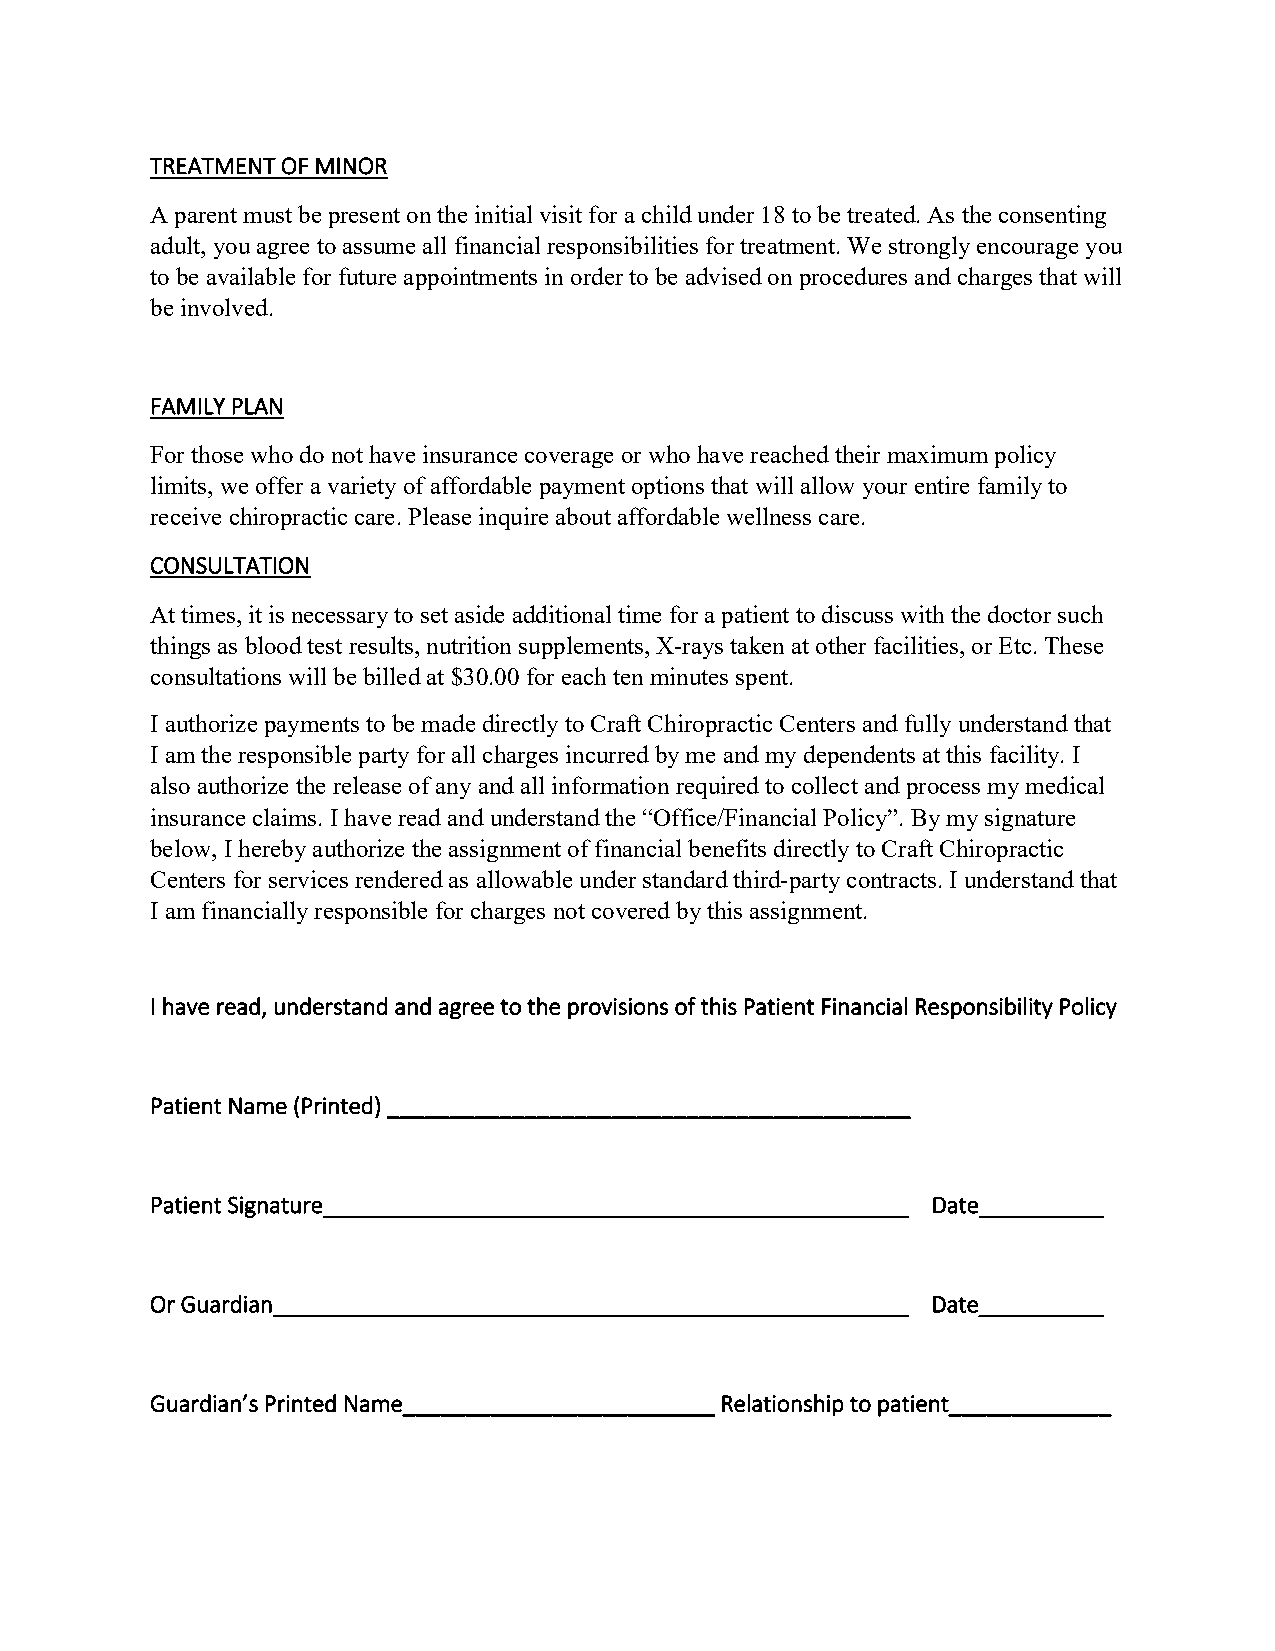
TREATMENT OF MINOR
 A parent must be present on the initial visit for a child under 18 to be treated. As the consenting
 adult, you agree to assume all financial responsibilities for treatment. We strongly encourage you
 to be available for future appointments in order to be advised on procedures and charges that will
 be involved.
 FAMILY PLAN
 For those who do not have insurance coverage or who have reached their maximum policy
 limits, we offer a variety of affordable payment options that will allow your entire family to
 receive chiropractic care. Please inquire about affordable wellness care.
 CONSULTATION
 At times, it is necessary to set aside additional time for a patient to discuss with the doctor such
 things as blood test results, nutrition supplements, X-rays taken at other facilities, or Etc. These
 consultations will be billed at $30.00 for each ten minutes spent.
 I authorize payments to be made directly to Craft Chiropractic Centers and fully understand that
 I am the responsible party for all charges incurred by me and my dependents at this facility. I
 also authorize the release of any and all information required to collect and process my medical
 insurance claims. I have read and understand the “Office/Financial Policy”. By my signature
 below, I hereby authorize the assignment of financial benefits directly to Craft Chiropractic
 Centers for services rendered as allowable under standard third-party contracts. I understand that
 I am financially responsible for charges not covered by this assignment.
 I have read, understand and agree to the provisions of this Patient Financial Responsibility Policy
 Patient Name (Printed) __________________________________________
 Patient Signature_______________________________________________ Date__________
 Or Guardian___________________________________________________ Date__________
 Guardian’s Printed Name_________________________ Relationship to patient_____________